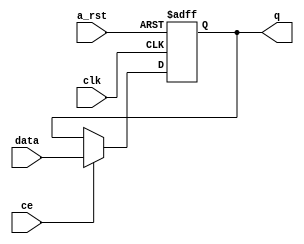
module reg_async_rst(data,clk,ce,a_rst,q);
parameter N = 18;
input [N-1:0] data;
input clk,ce,a_rst;
output reg [N-1:0] q;

always @(posedge clk or posedge a_rst) begin
	if (a_rst) begin
		q <= 0;
	end
	else if (ce) begin
		q <= data;
	end
end
endmodule